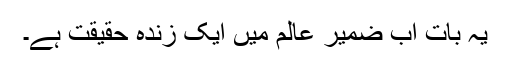
یہ بات اب ضمیرِ عالم میں ایک زندہ حقیقت ہے۔